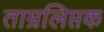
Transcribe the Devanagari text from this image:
ताम्रलिप्तक